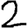
Digit: 2